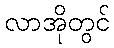
လာအိုတွင်